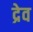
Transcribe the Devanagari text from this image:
द्रेव